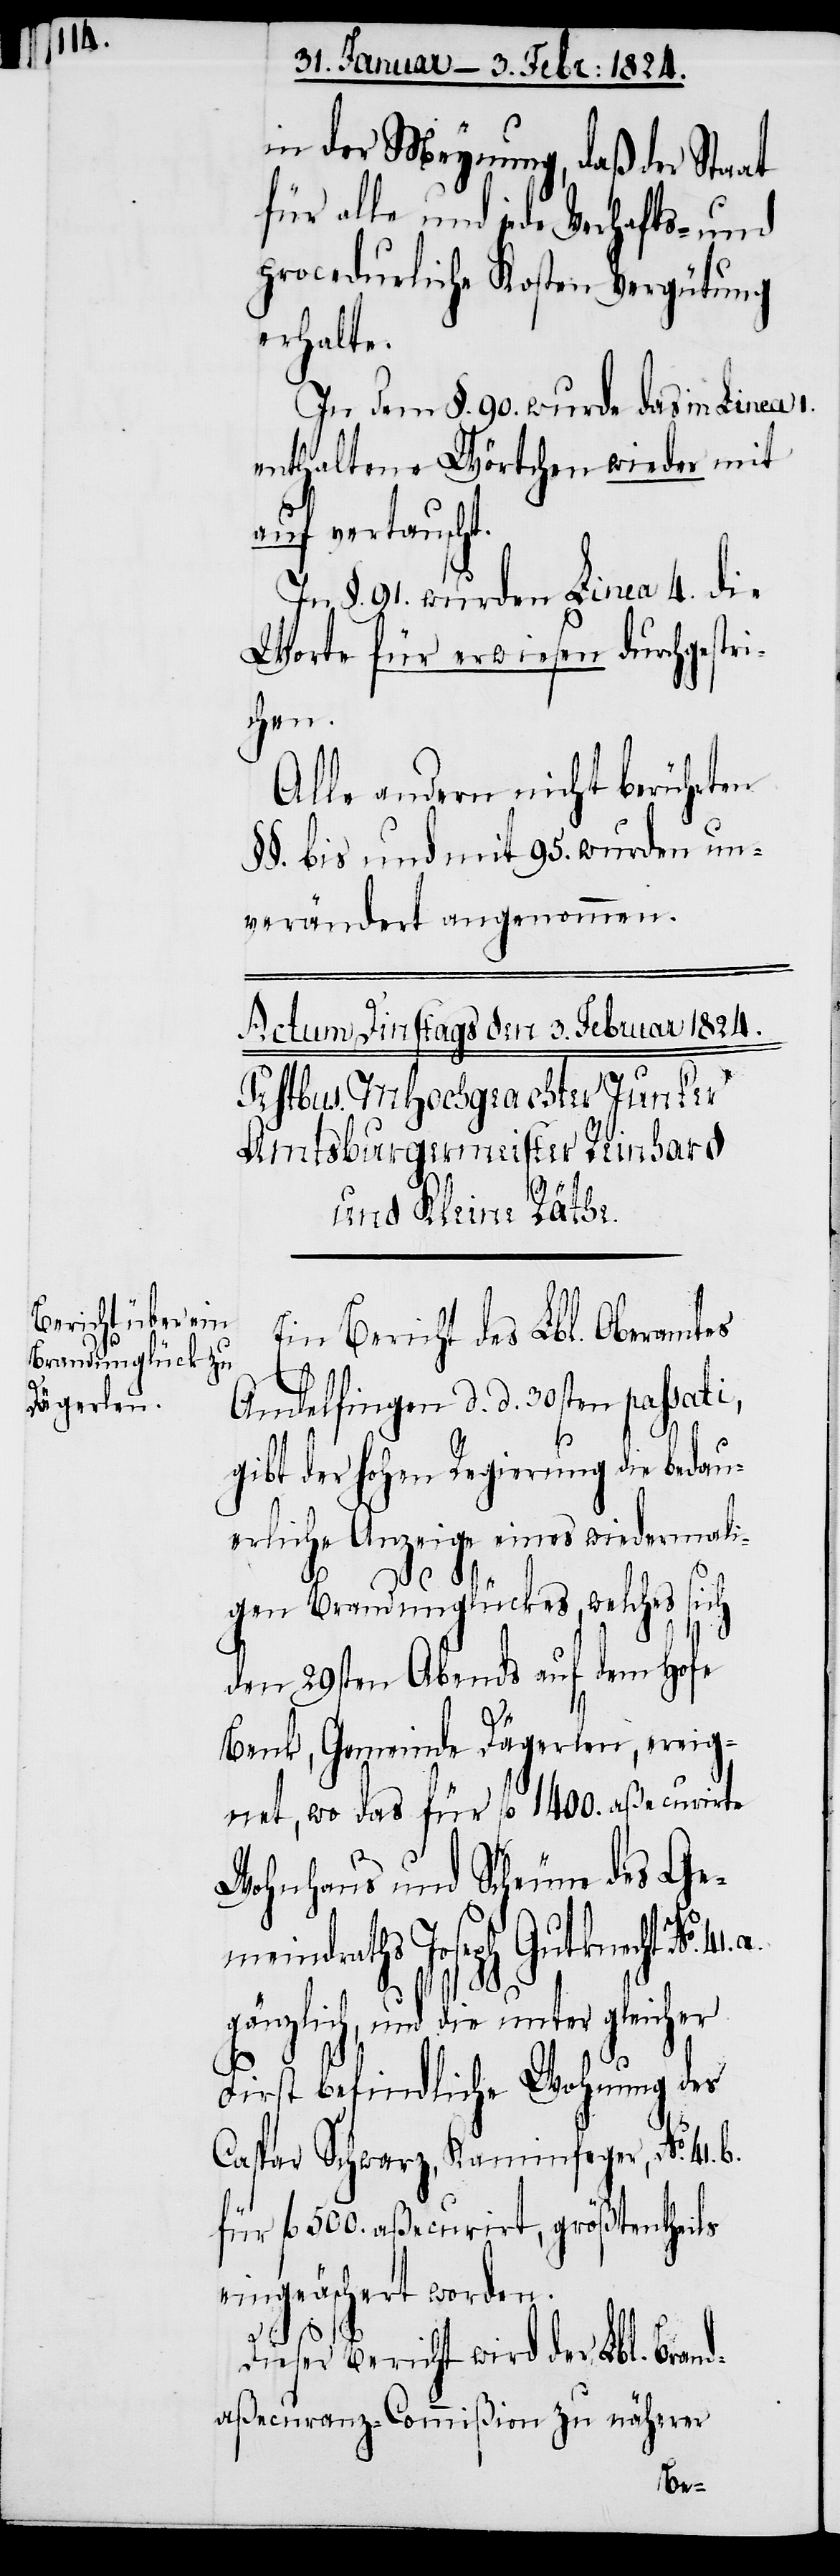
in der Meynung, daß der Staat
für alle und jede Verhafts- und
procedurliche Kosten Vergütung
erhalte.
In dem §. 90. wurde das in Linea 1.
enthaltene Wörtchen wieder mit
auf vertauscht.
In §. 91. wurden Linea 4. die
Worte für erwiesen durchgestri¬
chen.
Alle andern nicht berührten
§§. bis und mit 95. wurden un¬
verändert angenommen.
Ein Bericht des Lbl. Oberamtes
Andelfingen d. d. 30sten passati,
gibt der hohen Regierung die bedau¬
erliche Anzeige eines wiedermali¬
gen Brandunglückes, welches sich
b.
den 29sten Abends auf dem Hofe
Benk, Gemeinde Dägerlen, ereig¬
net, wo das für fl. 1400. aßecurirte
Wohnhaus und Scheune des Ge¬
meindraths Joseph Gutknecht No.
gänzlich, und die unter gleicher
First befindliche Wohnung des
Caspar Schwarz, Kaminfeger, No.
für fl. 500. aßecurirt, größtentheils
eingeäschert worden.
Dieser Bericht wird der Lbl. Bran¬
daßecuranz-Commißion zu näherer